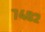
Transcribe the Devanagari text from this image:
७४०२